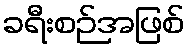
ခရီးစဉ်အဖြစ်